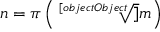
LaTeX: n = \pi \left( { \sqrt [ [object Object] ] { m } } \right)